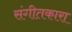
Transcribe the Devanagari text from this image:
संगीतकारा